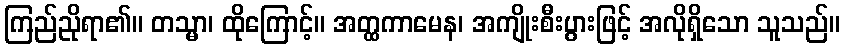
ကြည်ညိုရာ၏။ တသ္မာ၊ ထိုကြောင့်။ အတ္ထကာမေန၊ အကျိုးစီးပွားဖြင့် အလိုရှိသော သူသည်။